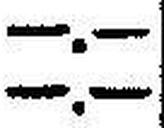
—.—